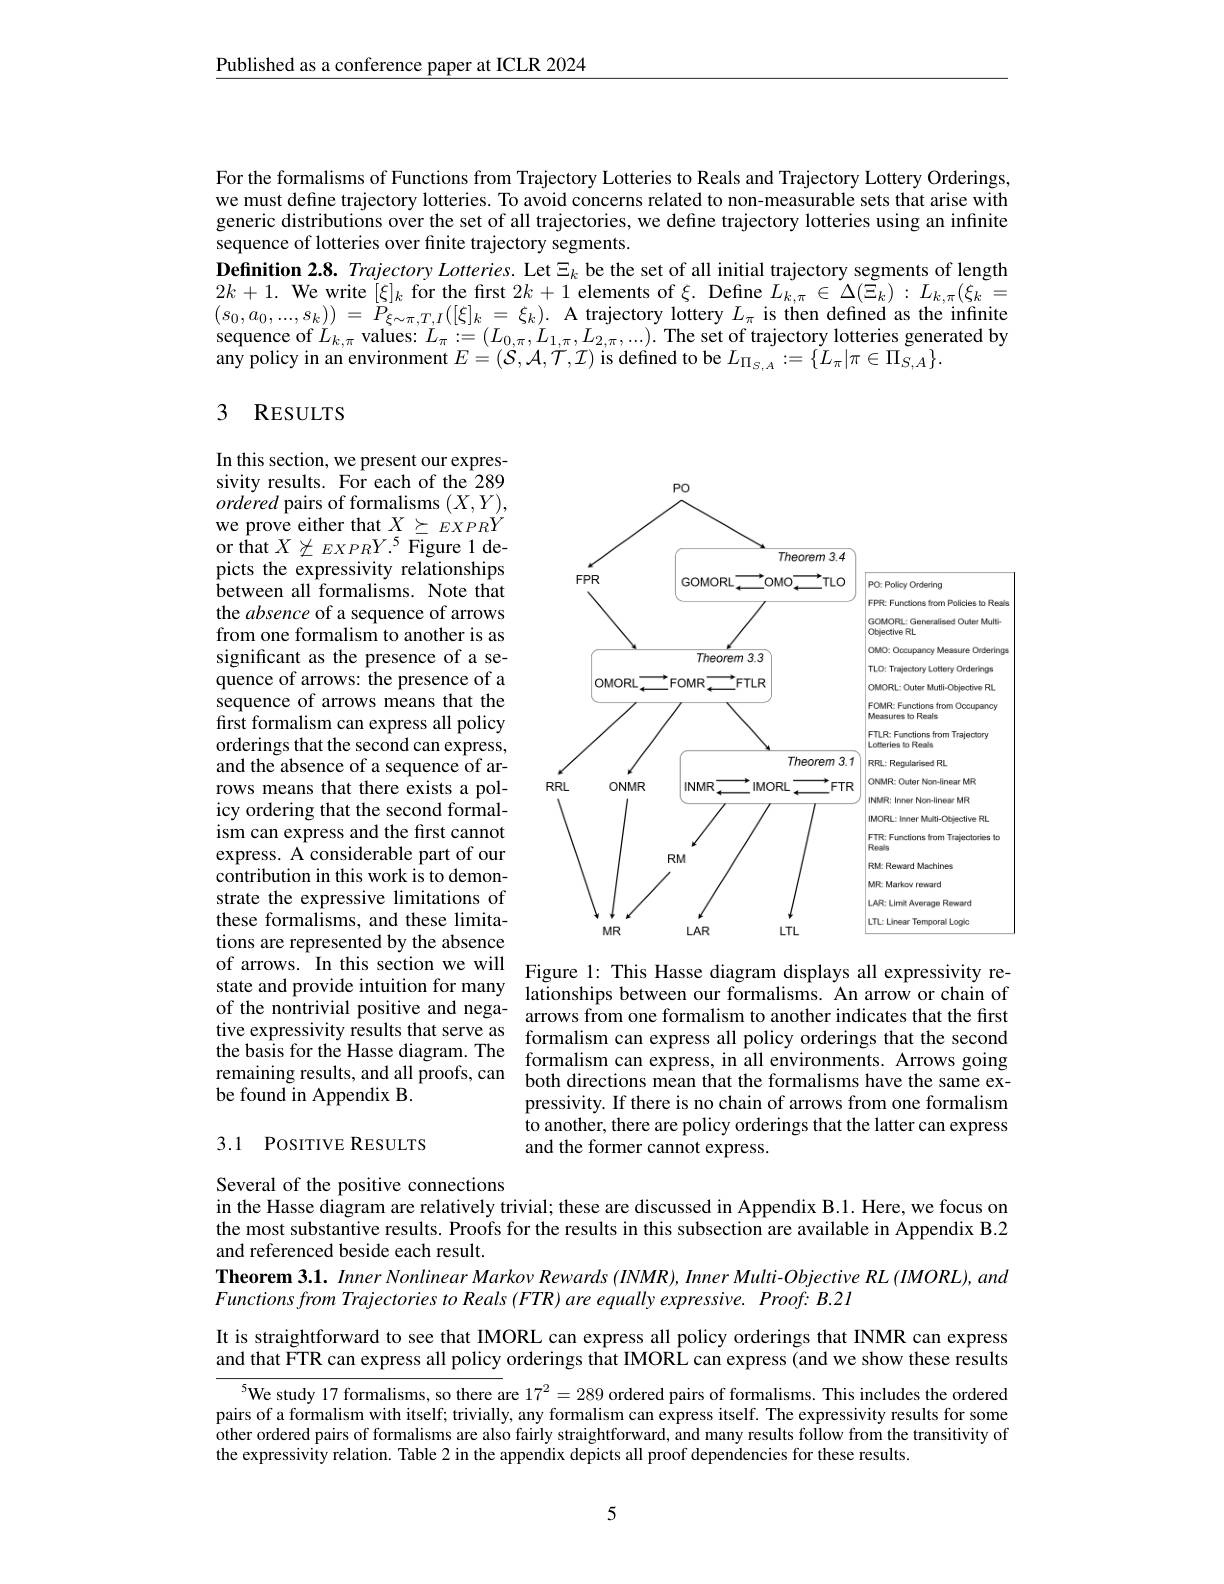
Published as a conference paper at ICLR 2024

For the formalisms of Functions from Trajectory Lotteries to Reals and Trajectory Lottery Orderings, we must define trajectory lotteries. To avoid concerns related to non-measurable sets that arise with generic distributions over the set of all trajectories, we define trajectory lotteries using an infinite sequence of lotteries over finite trajectory segments.
Definition $2. 8. \textit{ Trajectory Lotteries. Let }\Xi _k$ be the set of all initial trajectory segments of length $2k+1.$ We write $[\underline{\xi}]_k$ for the first $2k+1$ elements of $\xi.$ Define $L_k,\pi\in\Delta(\breve{\Xi}_k):L_k,\pi(\xi_k=$ $( s_{0}, a_{0}, . . . , s_{k}) ) =$ $P_{\xi \sim \pi , T, I}( [ \xi ] _{k}= \xi _{k}) .$ A trajectory loitery $L_{\pi }$ is then defined' as the infinite sequence of $L_{k, \pi }$ values: $L_{\pi }: = ( L_{0, \pi }, L_{1, \pi }, L_{2, \pi }, . . . ) .$ The set of trajectory lotteries generated by any policy in an e

## 3 RESULTS

<FigureHere>
of arrows. In this section we will Figure 1: This Hasse diagram displays all expressivity re-

In this section, we present our expressivity results. For each of the 289 ordered pairs of formalisms $(X,Y)$, we prove either that $X\succeq EXPRY$ or that $X\not\succeq EXPRY.^{5}$ Figure 1 depicts the expressivity relationships between all formalisms. Note that the absence of a sequence of arrows from one formalism to another is as significant as the presence of a sequence of arrows: the presence of a sequence of arrows means that the first formalism can express all policy orderings that the second can express, and the absence of a sequence of arrows means that there exists a policy ordering that the second formalism can express and the first cannot express. A considerable part of our contribution in this work is to demonstrate the expressive limitations of these formalisms, and these limitations are represented by the absence state and provide intuition for many lationships between our formalisms. An arrow or chain of the nere $\begin{cases}\text{stand provide}&\text{stand tarend tassstand tasplays ant capresstriy trosthe and the frond the frond the frond the frond the frond the frond the for the }\end{cases}$ tive expressivity results that serve as formalism can express all policy orderings that the second the basis for the Hasse diagram. The formalism can express, in all environments. Arrows going remaining results, and all proofs, can both directions mean t be found in Appendix B.

pressivity. If there is no chain of arrows from one formalism to another, there are policy orderings that the latter can express and the former cannot express.

## 3.1 POSITIVE RESULTS

Several of the positive connections
in the Hasse diagram are relatively trivial; these are discussed in Appendix B.1. Here, we focus on the most substantive results. Proofs for the results in this subsection are available in Appendix B.2 and referenced beside each result.
Theorem 3.1. Inner Nonlinear Markov Rewards (INMR), Inner Multi-Objective RL (IMORL), and
Functionsfrom Trajectories to Reals (FTR) are equally expressive. Proof: B.21

It is straightforward to see that IMORL can express all policy orderings that INMR can express and that FTR can express all policy orderings that IMORL can express (and we show these results

$^{5}$We study 17 formalisms, so there are $17^2=289$ ordered pairs of formalisms. This includes the ordered pairs of a formalism with itself; trivially, any formalism can express itself. The expressivity results for some other ordered pairs of formalisms are also fairly straightforward, and many results follow from the transitivity of the expressivity relation. Table 2 in the appendix depicts all proof dependencies for these results.

5